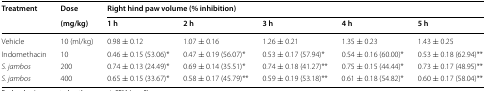
<table><thead><tr><td rowspan="2"><b>Treatment</b></td><td><b>Dose</b></td><td colspan="5"><b>Right hind paw volume (% inhibition)</b></td></tr><tr><td><b>(mg/kg)</b></td><td><b>1 h</b></td><td><b>2 h</b></td><td><b>3 h</b></td><td><b>4 h</b></td><td><b>5 h</b></td></tr></thead><tbody><tr><td>Vehicle</td><td>10 (ml/kg)</td><td>0.98 ± 0.12</td><td>1.07 ± 0.16</td><td>1.26 ± 0.21</td><td>1.35 ± 0.23</td><td>1.43 ± 0.25</td></tr><tr><td>Indomethacin</td><td>10</td><td>0.46 ± 0.15 (53.06)*</td><td>0.47 ± 0.19 (56.07)*</td><td>0.53 ± 0.17 (57.94)*</td><td>0.54 ± 0.16 (60.00)*</td><td>0.53 ± 0.18 (62.94)**</td></tr><tr><td><i>S. jambos</i></td><td>200</td><td>0.74 ± 0.13 (24.49)*</td><td>0.69 ± 0.14 (35.51)*</td><td>0.74 ± 0.18 (41.27)**</td><td>0.75 ± 0.15 (44.44)*</td><td>0.73 ± 0.17 (48.95)**</td></tr><tr><td><i>S. jambos</i></td><td>400</td><td>0.65 ± 0.15 (33.67)*</td><td>0.58 ± 0.17 (45.79)**</td><td>0.59 ± 0.19 (53.18)**</td><td>0.61 ± 0.18 (54.82)*</td><td>0.60 ± 0.17 (58.04)**</td></tr></tbody></table>